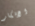
الافكار